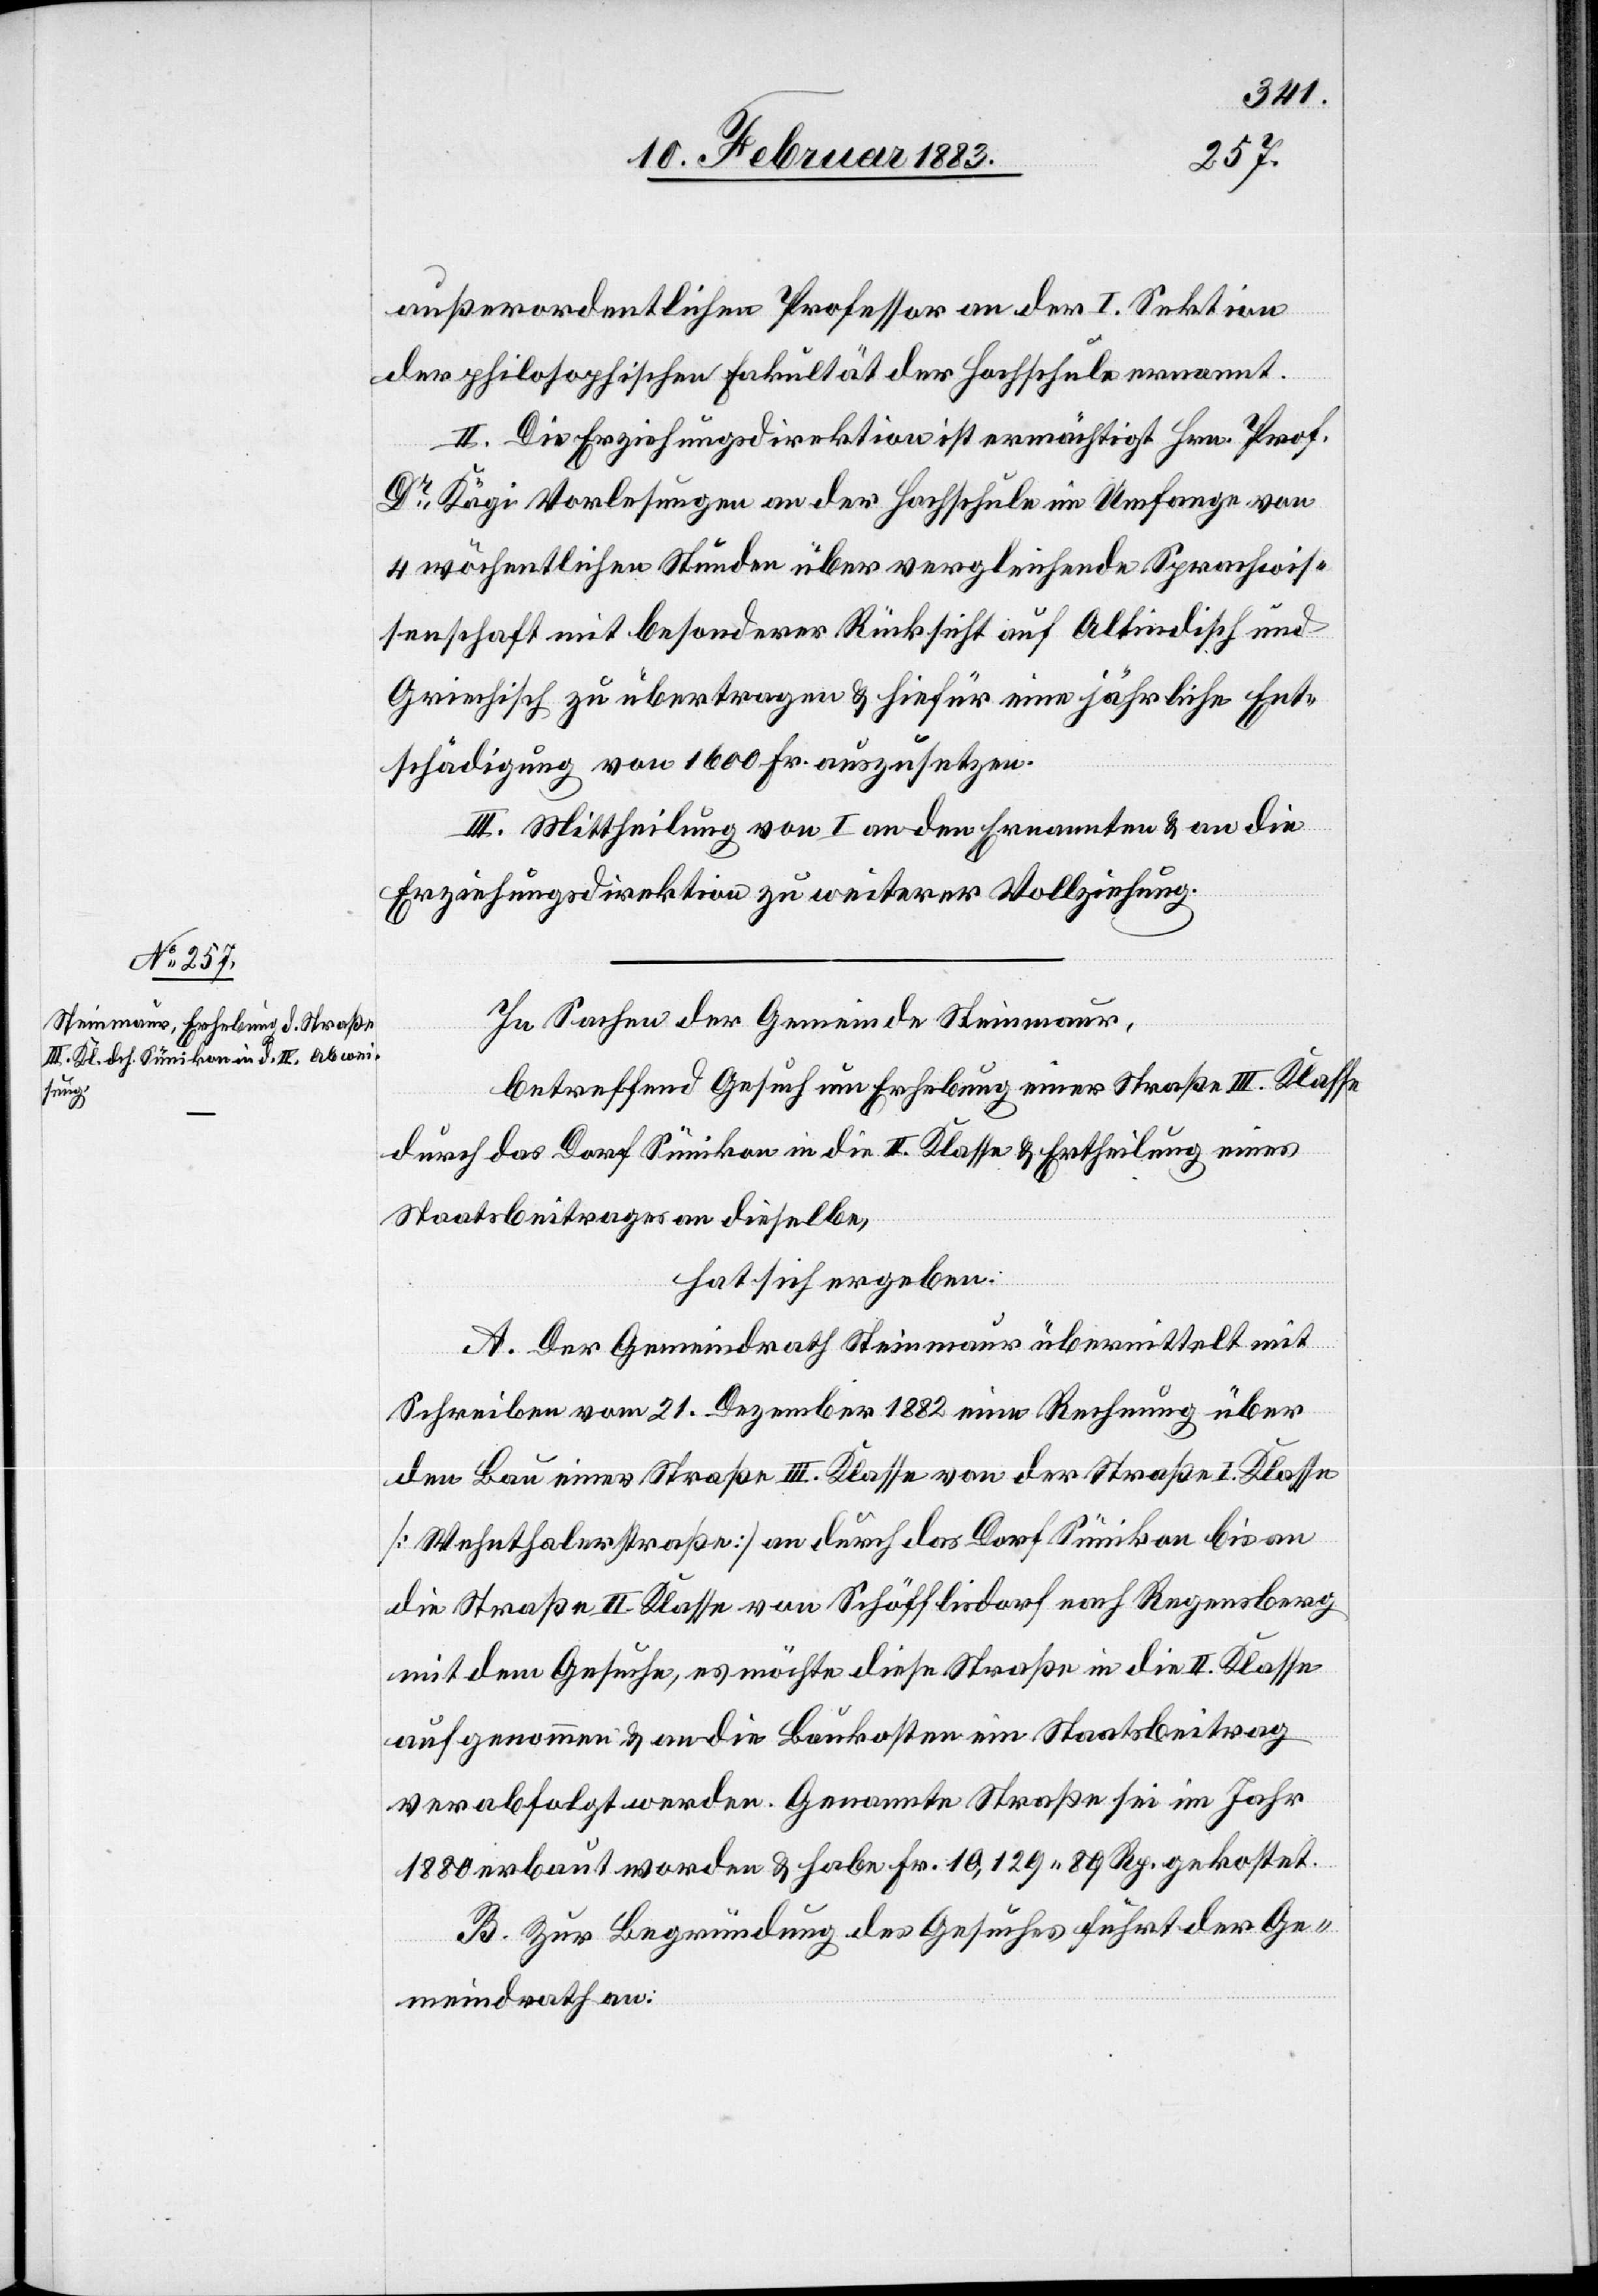
außerordentlichen Professor an der I. Sektion
der philosophischen Fakultät der Hochschule ernannt.
II. Die Erziehungsdirektion ist ermächtigt Hrn. Prof.
Dr Kägi Vorlesungen an der Hochschule im Umfange von
4 wöchentlichen Stunden über vergleichende Sprachwis¬
senschaft mit besonderer Rücksicht auf Altindisch und
Griechisch zu übertragen & hiefür eine jährliche Ent¬
schädigung von 1600 Fr. auszusetzen.
III. Mittheilung von I an den Ernannten & an die
Erziehungsdirektion zu weiterer Vollziehung.
In Sachen der Gemeinde Steinmaur,
betreffend Gesuch um Erhebung einer Straße III. Klasse
durch das Dorf Sünikon in die II. Klasse & Ertheilung eines
Staatsbeitrages an dieselbe,
hat sich ergeben:
A. Der Gemeindrath Steinmaur übermittelt mit
Schreiben vom 21. Dezember 1882 eine Rechnung über
den Bau einer Straße III. Klasse von der Straße I. Klasse
[Wehnthalerstraße] an durch das Dorf Sünikon bis an
die Straße II. Klasse von Schöfflisdorf nach Regensberg
mit dem Gesuche, es möchte diese Straße in die II. Klasse
aufgenommen & an die Baukosten ein Staatsbeitrag
verabfolgt werden. Genannte Straße sei im Jahr
1880 erbaut worden & habe Fr. 10,129 89 Rp. gekostet.
B. Zur Begründung des Gesuches führt der Ge¬
meindrath an: